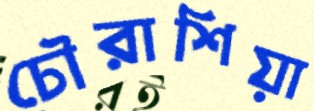
চৌরাশিয়া